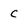
Character: c